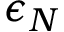
\epsilon _ { N }